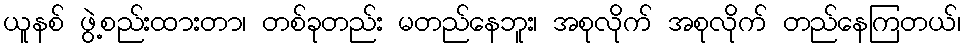
ယူနစ် ဖွဲ့စည်းထားတာ၊ တစ်ခုတည်း မတည်နေဘူး၊ အစုလိုက် အစုလိုက် တည်နေကြတယ်၊